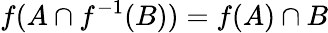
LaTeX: f(A\cap f^{-1}(B))=f(A)\cap B